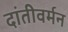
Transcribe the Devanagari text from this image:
दांतीवर्मन